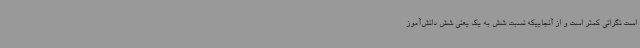
است نگرانی کمتر است و از آنجاییکه نسبت شش به یک یعنی شش دانش‌آموز